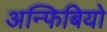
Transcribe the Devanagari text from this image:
अन्फिबियो